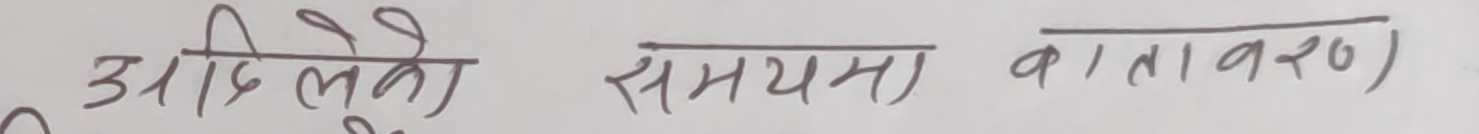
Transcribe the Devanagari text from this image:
अहिलेको समयमा वातावरण